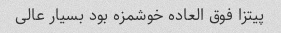
پیتزا فوق العاده خوشمزه بود بسیار عالی